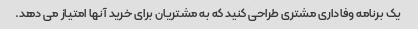
یک برنامه وفاداری مشتری طراحی کنید که به مشتریان برای خرید آنها امتیاز می دهد.